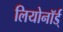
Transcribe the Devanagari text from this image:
लियोनॉर्ड्